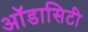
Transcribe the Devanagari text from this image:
ऑडासिटी